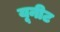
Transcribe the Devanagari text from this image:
यूनीट